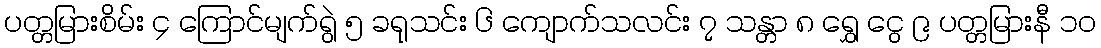
ပတ္တမြားစိမ်း ၄ ကြောင်မျက်ရွဲ ၅ ခရုသင်း ၆ ကျောက်သလင်း ၇ သန္တာ ၈ ရွှေ ငွေ ၉ ပတ္တမြားနီ ၁၀